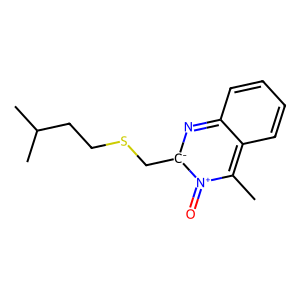
SMILES: Cc1c2ccccc2n[c-](CSCCC(C)C)[n+]1=O
Inhibits HIV replication: Yes